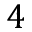
4